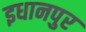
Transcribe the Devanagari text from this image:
इधानपुर